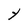
Character: Y